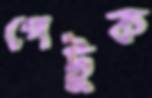
পেটুক